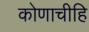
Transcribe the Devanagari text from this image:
कोणाचीहि